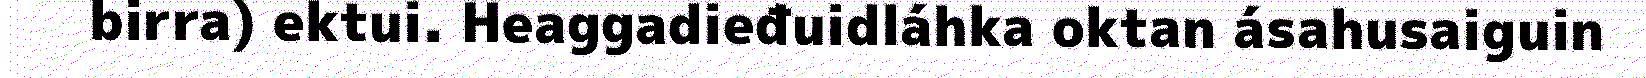
birra) ektui. Heaggadieđuidláhka oktan ásahusaiguin